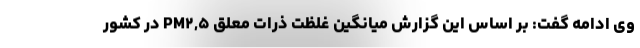
وی ادامه گفت: بر اساس این گزارش میانگین غلظت ذرات معلق PM۲,۵ در کشور